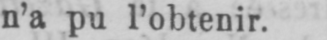
n’a pu l’obtenir.